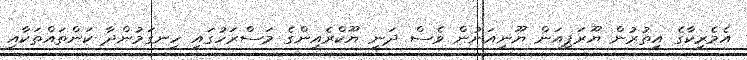
އެމެރިކާގެ އިތުރުން ޔޫރަޕިއަން ޔޫނިއަނުން ވެސް ދަނީ ޔޫކްރެއިންގެ މަސްރަހުގައި ހިނގަމުންދާ ކަންތައްތަކާއި